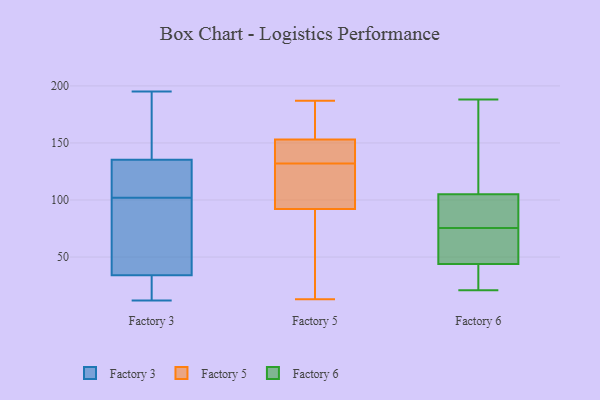
{"axis": {"x": "Market Share (%)", "y": "Value"}, "legend": ["Factory 3", "Factory 5", "Factory 6"], "data": [{"x": "", "y": 32, "type": "Factory 3"}, {"x": "", "y": 23, "type": "Factory 3"}, {"x": "", "y": 40, "type": "Factory 3"}, {"x": "", "y": 195, "type": "Factory 3"}, {"x": "", "y": 100, "type": "Factory 3"}, {"x": "", "y": 95, "type": "Factory 3"}, {"x": "", "y": 136, "type": "Factory 3"}, {"x": "", "y": 155, "type": "Factory 3"}, {"x": "", "y": 115, "type": "Factory 3"}, {"x": "", "y": 25, "type": "Factory 3"}, {"x": "", "y": 108, "type": "Factory 3"}, {"x": "", "y": 102, "type": "Factory 3"}, {"x": "", "y": 133, "type": "Factory 3"}, {"x": "", "y": 20, "type": "Factory 3"}, {"x": "", "y": 113, "type": "Factory 3"}, {"x": "", "y": 77, "type": "Factory 3"}, {"x": "", "y": 149, "type": "Factory 3"}, {"x": "", "y": 12, "type": "Factory 3"}, {"x": "", "y": 167, "type": "Factory 3"}, {"x": "", "y": 153, "type": "Factory 5"}, {"x": "", "y": 131, "type": "Factory 5"}, {"x": "", "y": 20, "type": "Factory 5"}, {"x": "", "y": 133, "type": "Factory 5"}, {"x": "", "y": 96, "type": "Factory 5"}, {"x": "", "y": 136, "type": "Factory 5"}, {"x": "", "y": 92, "type": "Factory 5"}, {"x": "", "y": 178, "type": "Factory 5"}, {"x": "", "y": 42, "type": "Factory 5"}, {"x": "", "y": 161, "type": "Factory 5"}, {"x": "", "y": 13, "type": "Factory 5"}, {"x": "", "y": 95, "type": "Factory 5"}, {"x": "", "y": 139, "type": "Factory 5"}, {"x": "", "y": 163, "type": "Factory 5"}, {"x": "", "y": 125, "type": "Factory 5"}, {"x": "", "y": 187, "type": "Factory 5"}, {"x": "", "y": 134, "type": "Factory 5"}, {"x": "", "y": 51, "type": "Factory 5"}, {"x": "", "y": 37, "type": "Factory 6"}, {"x": "", "y": 188, "type": "Factory 6"}, {"x": "", "y": 157, "type": "Factory 6"}, {"x": "", "y": 72, "type": "Factory 6"}, {"x": "", "y": 119, "type": "Factory 6"}, {"x": "", "y": 60, "type": "Factory 6"}, {"x": "", "y": 44, "type": "Factory 6"}, {"x": "", "y": 95, "type": "Factory 6"}, {"x": "", "y": 105, "type": "Factory 6"}, {"x": "", "y": 45, "type": "Factory 6"}, {"x": "", "y": 89, "type": "Factory 6"}, {"x": "", "y": 79, "type": "Factory 6"}, {"x": "", "y": 98, "type": "Factory 6"}, {"x": "", "y": 28, "type": "Factory 6"}, {"x": "", "y": 21, "type": "Factory 6"}, {"x": "", "y": 113, "type": "Factory 6"}, {"x": "", "y": 72, "type": "Factory 6"}, {"x": "", "y": 37, "type": "Factory 6"}]}